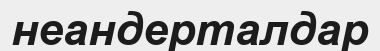
неандерталдар